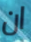
ان